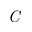
\emph { C }